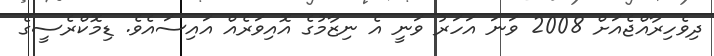
ދިވެހިރާއްޖެއަށް 2008 ވަނަ އަހަރު ވަނީ އެ ނިޒާމުގެ އޮއިވަރެއް އައިސައެވެ. ޑިމޮކްރެސީގެ